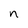
Character: n